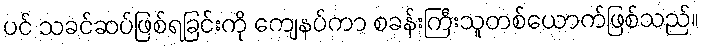
ပင် သခင်ဆပ်ဖြစ်ရခြင်းကို ကျေနပ်ကာ စခန်းကြီးသူတစ်ယောက်ဖြစ်သည်။